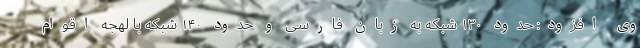
وی افزود: حدود ۱۳۰ شبکه به زبان فارسی و حدود ۱۴۰ شبکه با لهجه اقوام